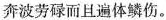
奔波劳碌而且遍体鳞伤。